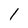
Character: 1